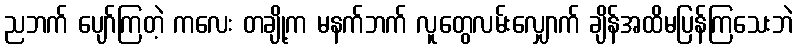
ညဘက် ပျော်ကြတဲ့ ကလေး တချို့က မနက်ဘက် လူတွေလမ်းလျှောက် ချိန်အထိမပြန်ကြသေးဘဲ